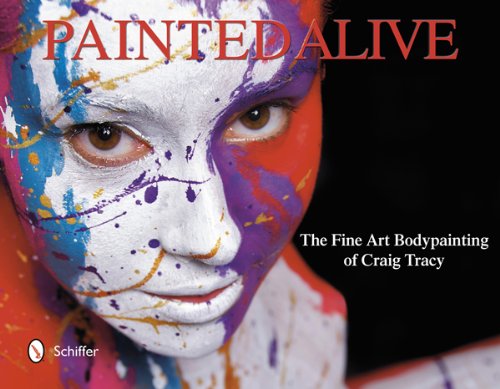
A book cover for Painted Alive: The Fine Art Bodypainting of Craig Tracy; Craig Tracy; Arts & Photography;